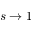
s \rightarrow 1